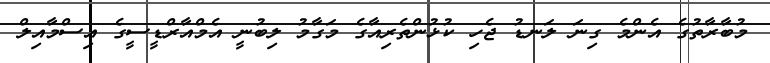
މުބާރާތުގެ އެންމެ ގިނަ ލަނޑު ޖެހި ކުޅުންތެރިއާގެ މަގާމު ލިބުނީ އެމްއާރްޑީސީގެ އިސްމާއިލް